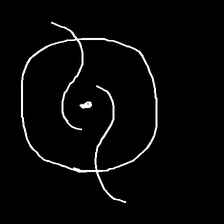
Glyph: repetition